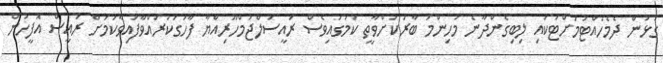
ގުޅުން ދެމެހެއްޓުމަށްޓަކައި ލިބިގެންދާނެ މުހިންމު ބާރަކަށްވާތީ ކަމުގައިވެސް ރައީސުލްޖުމްހޫރިއްޔާ ފާހަގަކުރައްވާފައިވާކަމަށް ރައީސް އޮފީހުން